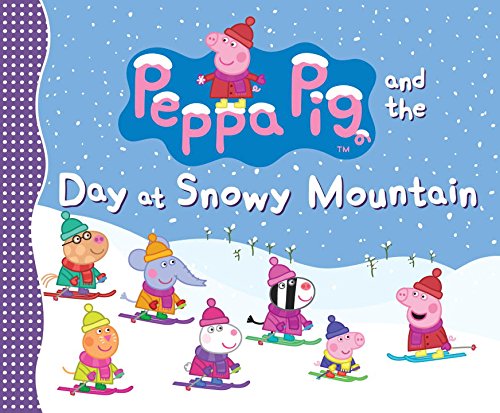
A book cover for Peppa Pig and the Day at Snowy Mountain; Candlewick Press; Children's Books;